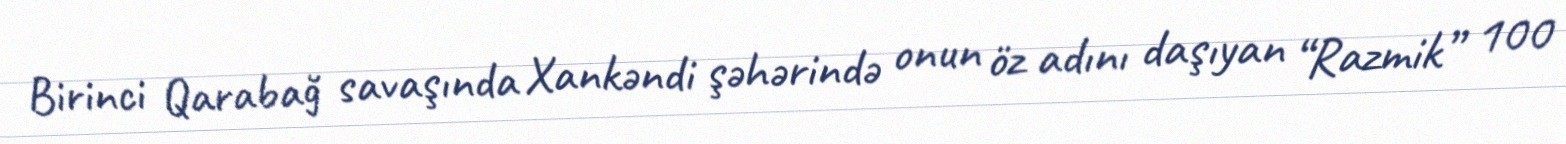
Birinci Qarabağ savaşında Xankəndi şəhərində onun öz adını daşıyan “Razmik” 100